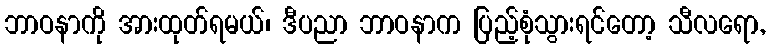
ဘာဝနာကို အားထုတ်ရမယ်၊ ဒီပညာ ဘာဝနာက ပြည့်စုံသွားရင်တော့ သီလရော,